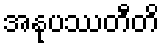
အနုပဿတီတိ